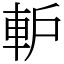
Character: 䡎